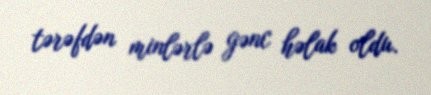
tərəfdən minlərlə gənc həlak oldu.